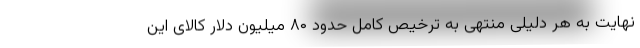
نهایت به هر دلیلی منتهی به ترخیص کامل حدود ۸۰ میلیون دلار کالای این